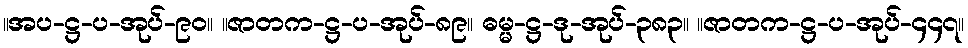
။အပ-ဋ္ဌ-ပ-အုပ်-၉၀။ ။ဇာတက-ဋ္ဌ-ပ-အုပ်-၈၉။ ဓမ္မ-ဋ္ဌ-ဒု-အုပ်-၃၈၃။ ။ဇာတက-ဋ္ဌ-ပ-အုပ်-၄၄၇။